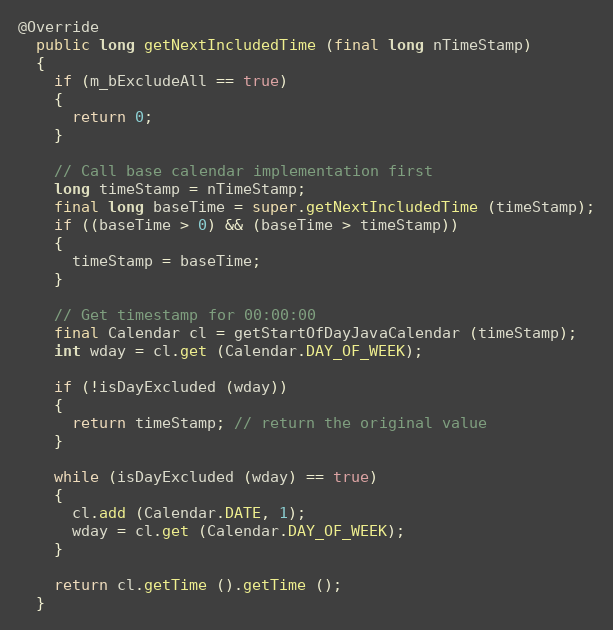
Language: Java
@Override
  public long getNextIncludedTime (final long nTimeStamp)
  {
    if (m_bExcludeAll == true)
    {
      return 0;
    }

    // Call base calendar implementation first
    long timeStamp = nTimeStamp;
    final long baseTime = super.getNextIncludedTime (timeStamp);
    if ((baseTime > 0) && (baseTime > timeStamp))
    {
      timeStamp = baseTime;
    }

    // Get timestamp for 00:00:00
    final Calendar cl = getStartOfDayJavaCalendar (timeStamp);
    int wday = cl.get (Calendar.DAY_OF_WEEK);

    if (!isDayExcluded (wday))
    {
      return timeStamp; // return the original value
    }

    while (isDayExcluded (wday) == true)
    {
      cl.add (Calendar.DATE, 1);
      wday = cl.get (Calendar.DAY_OF_WEEK);
    }

    return cl.getTime ().getTime ();
  }